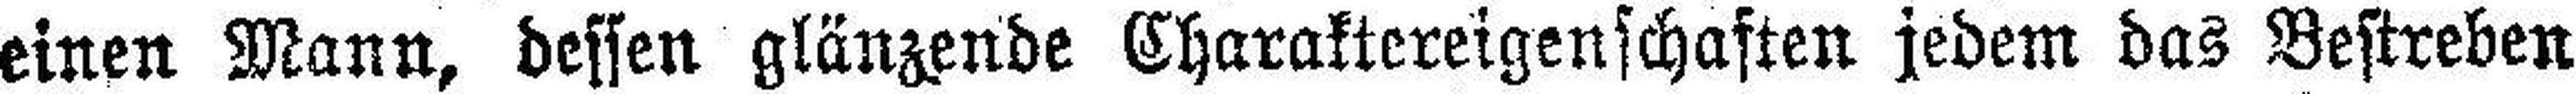
einen Mann, dessen glänzende Charaktereigenschaften jedem das Bestreben